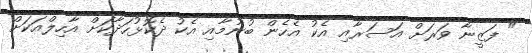
" ފަޒީނާ ވަރަށް އަސަރާއި އެކު އެހެން ބުނުމާއި އެކު ދެކޮޅުހަދާކަށް އާހިލްއަކަށް